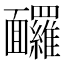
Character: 𩉙